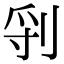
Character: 𠜖